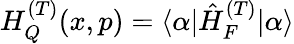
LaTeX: H_{Q}^{(T)}(x,p)=\langle\alpha|\hat{H}_{F}^{(T)}|\alpha\rangle